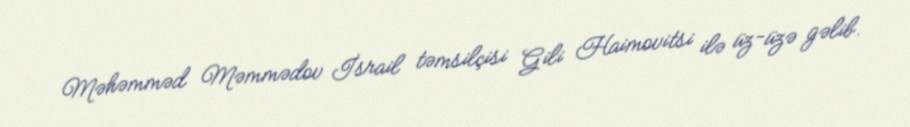
Məhəmməd Məmmədov İsrail təmsilçisi Gili Haimovitsi ilə üz-üzə gəlib.